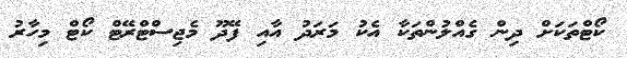
ކޯޓްތަކަށް ދިން ގެއްލުންތަކާ އެކު މަރަދު އާއި ފޭދޫ މެޖިސްޓްރޭޓް ކޯޓް މިހާރު